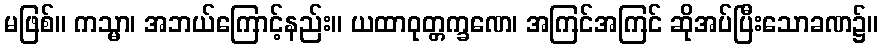
မဖြစ်။ ကသ္မာ၊ အဘယ်ကြောင့်နည်း။ ယထာဝုတ္တက္ခဏေ၊ အကြင်အကြင် ဆိုအပ်ပြီးသောခဏ၌။